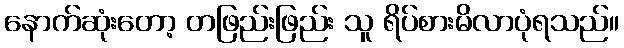
နောက်ဆုံးတော့ တဖြည်းဖြည်း သူ ရိပ်စားမိလာပုံရသည်။